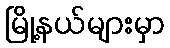
မြို့နယ်များမှာ